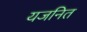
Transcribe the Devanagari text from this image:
यजनित